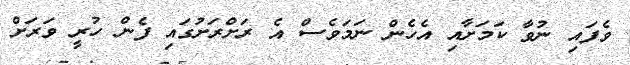
ވެފައި ނުވާ ކަމަށާއި އެހެން ނަމަވެސް އެ ރަށްރަށުގައި ފެން ހުރީ ވަރަށް